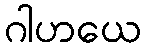
ဂါဟယေ